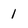
Character: 1